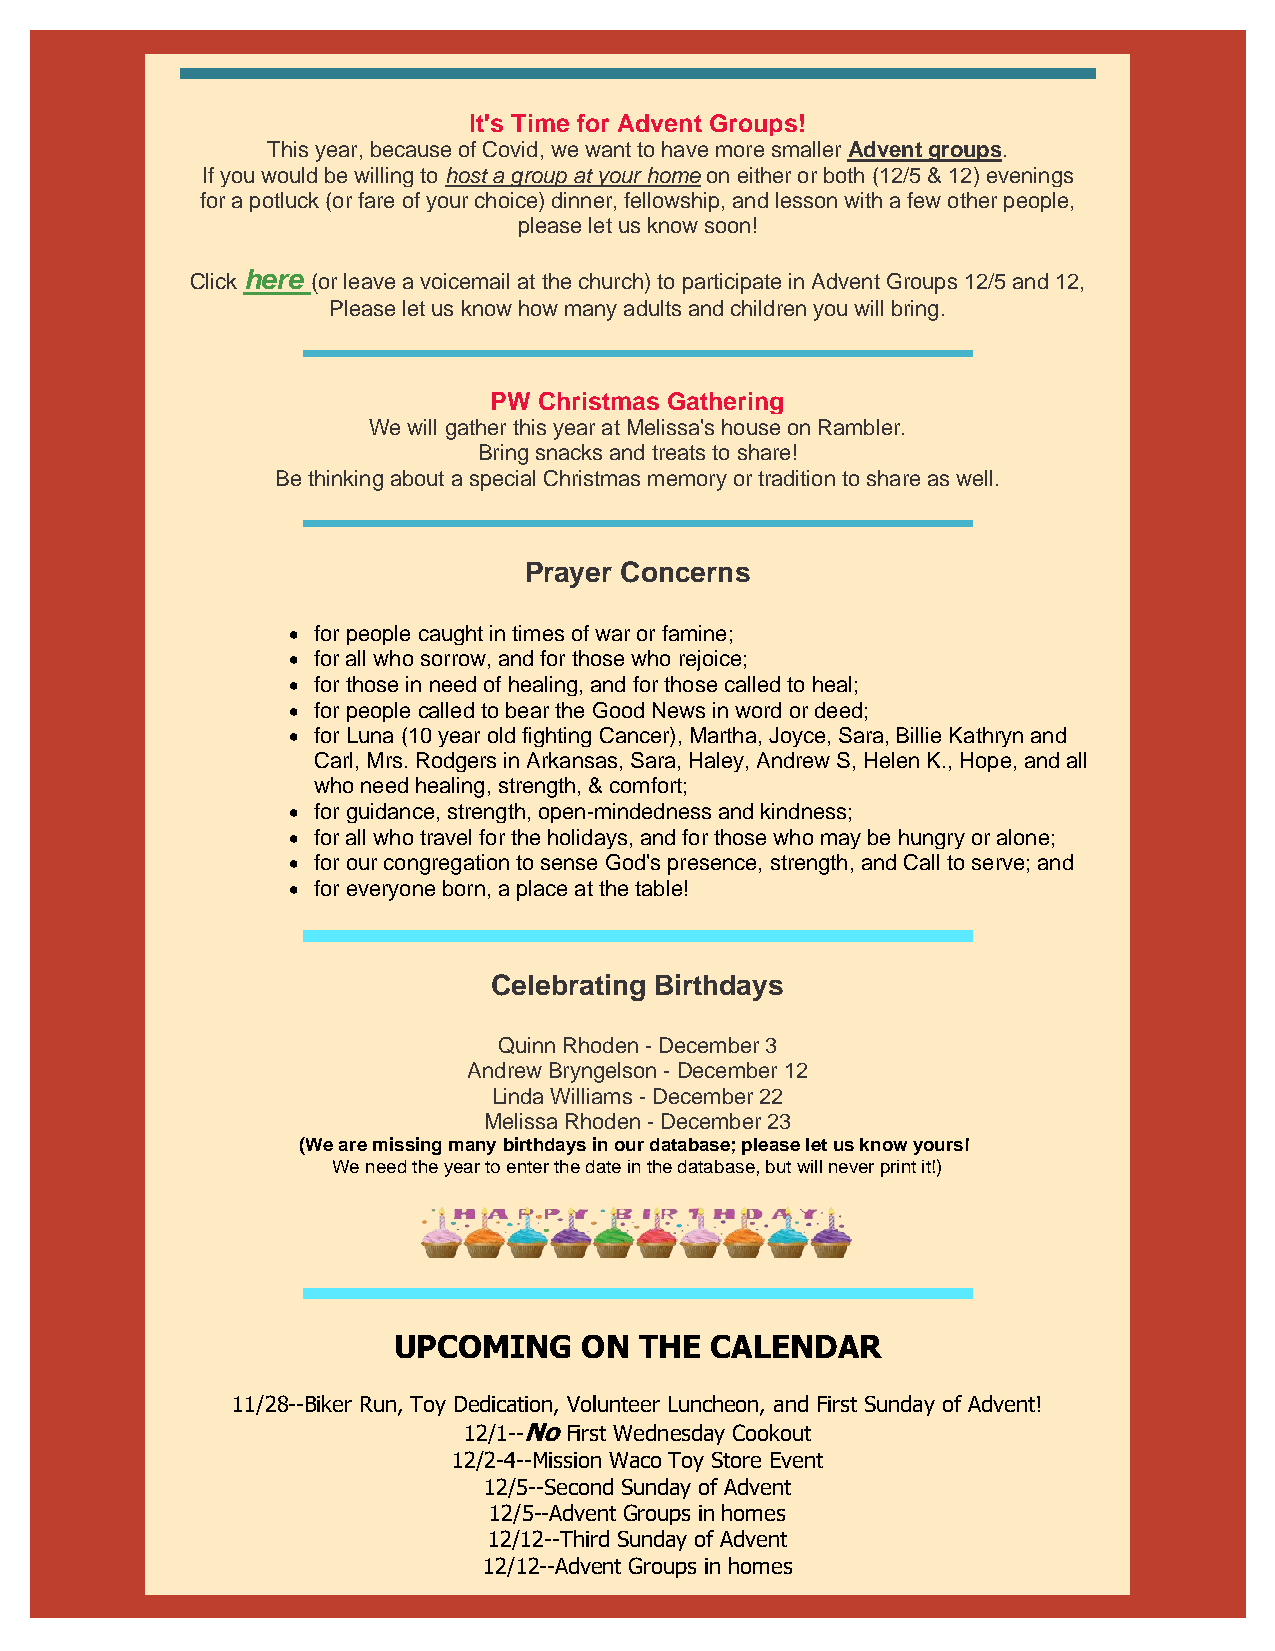
It's Time for Advent Groups!
 This year, because of Covid, we want to have more smaller Advent groups.
 If you would be willing to host a group at your home on either or both (12/5 & 12) evenings
 for a potluck (or fare of your choice) dinner, fellowship, and lesson with a few other people,
 please let us know soon!
 Click here (or leave a voicemail at the church) to participate in Advent Groups 12/5 and 12,
 Please let us know how many adults and children you will bring.
 PW  Christmas Gathering
 We will gather this year at Melissa's house on Rambler.
 Bring snacks and treats to share!
 Be thinking about a special Christmas memory or tradition to share as well.
 Prayer Concerns
 • for people caught in times of war or famine;
 • for all who sorrow, and for those who rejoice;
 • for those in need of healing, and for those called to heal;
 • for people called to bear the Good News in word or deed;
 • for Luna (10 year old fighting Cancer), Martha, Joyce, Sara, Billie Kathryn and
 Carl, Mrs. Rodgers in Arkansas, Sara, Haley, Andrew S, Helen K., Hope, and all
 who need healing, strength, & comfort;
 • for guidance, strength, open-mindedness and kindness;
 • for all who travel for the holidays, and for those who may be hungry or alone;
 • for our congregation to sense God's presence, strength, and Call to serve; and
 • for everyone born, a place at the table!
 Celebrating Birthdays
 Quinn Rhoden - December 3
 Andrew Bryngelson - December 12
 Linda Williams - December 22
 Melissa Rhoden - December 23
 (We are missing many birthdays in our database; please let us know yours!
 We need the year to enter the date in the database, but will never print it!)
 UPCOMING    ON  THE  CALENDAR
 11/28--Biker Run, Toy Dedication, Volunteer Luncheon, and First Sunday of Advent!
 12/1--No First Wednesday Cookout
 12/2-4--Mission Waco Toy Store Event
 12/5--Second Sunday of Advent
 12/5--Advent Groups in homes
 12/12--Third Sunday of Advent
 12/12--Advent Groups in homes